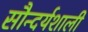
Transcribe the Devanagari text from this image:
सौन्दर्यशाली